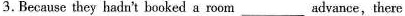
3.Because they hadn't booked a room_advance,there